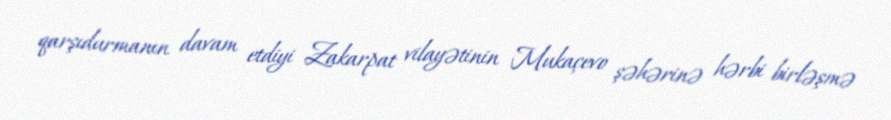
qarşıdurmanın davam etdiyi Zakarpat vilayətinin Mukaçevo şəhərinə hərbi birləşmə